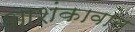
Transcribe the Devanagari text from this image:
आशंकावान